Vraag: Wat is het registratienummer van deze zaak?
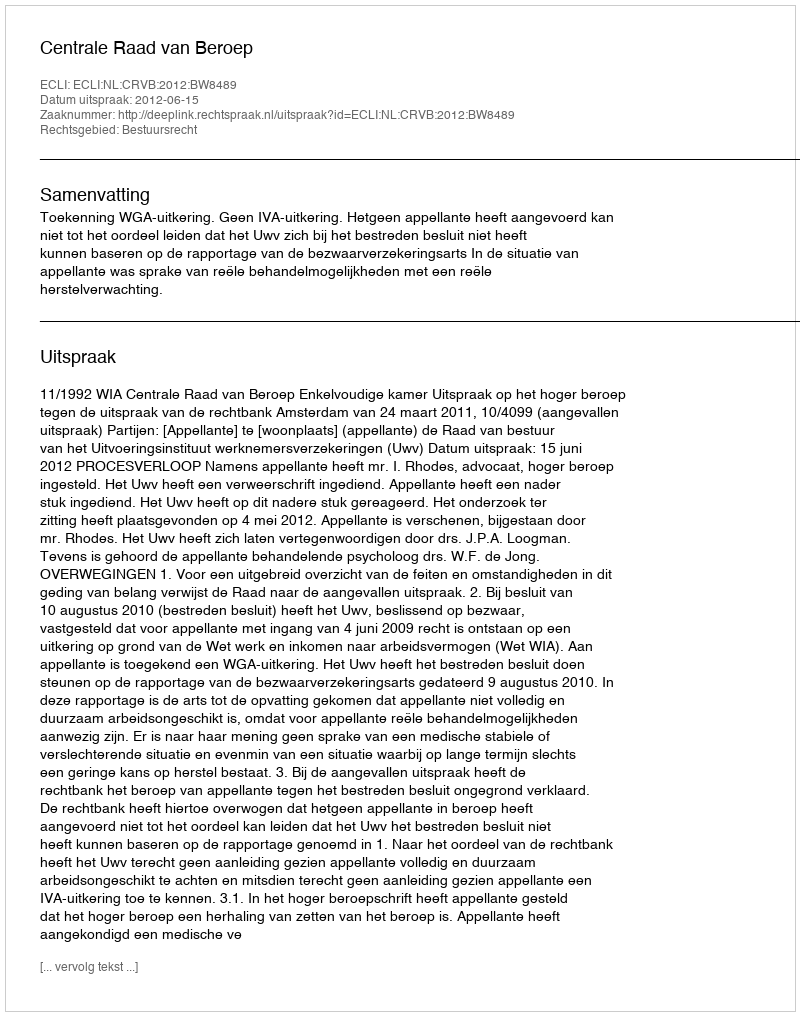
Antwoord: http://deeplink.rechtspraak.nl/uitspraak?id=ECLI:NL:CRVB:2012:BW8489